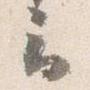
云